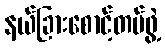
နယ်ခြားစောင့်တပ်ဖွဲ့